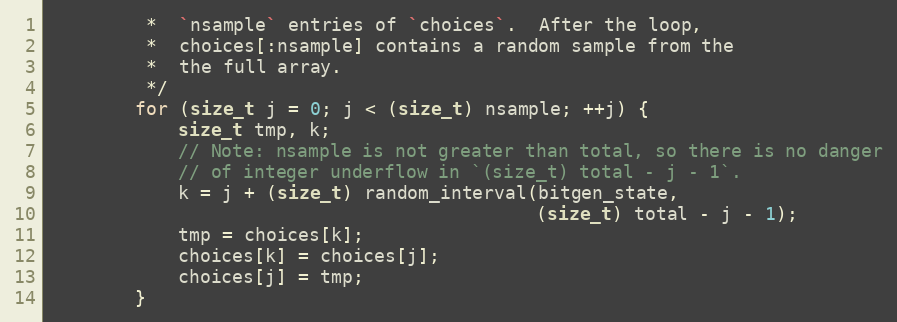
Language: C
         *  `nsample` entries of `choices`.  After the loop,
         *  choices[:nsample] contains a random sample from the
         *  the full array.
         */
        for (size_t j = 0; j < (size_t) nsample; ++j) {
            size_t tmp, k;
            // Note: nsample is not greater than total, so there is no danger
            // of integer underflow in `(size_t) total - j - 1`.
            k = j + (size_t) random_interval(bitgen_state,
                                             (size_t) total - j - 1);
            tmp = choices[k];
            choices[k] = choices[j];
            choices[j] = tmp;
        }